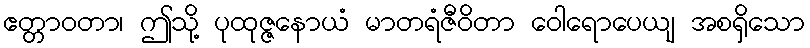
ဧတ္တာဝတာ၊ ဤသို့ ပုထုဇ္ဇနောယံ မာတရံဇီဝိတာ ဝေါရောပေယျ အစရှိသော